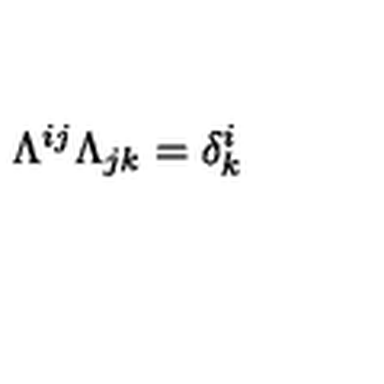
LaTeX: \Lambda ^ { i j } \Lambda _ { j k } = \delta _ { k } ^ { i }